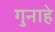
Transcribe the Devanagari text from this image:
गुनाहे